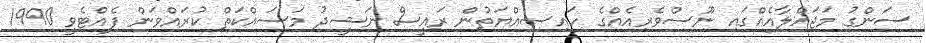
ސަންގު މަޖައްލާއެއްގައި ނޫސްވެރިއެއްގެ ހައިސިއްޔަތުން ރައީސް ނަޝީދު މަސައްކަތް ކުރައްވަން ފެއްޓެވީ 1990